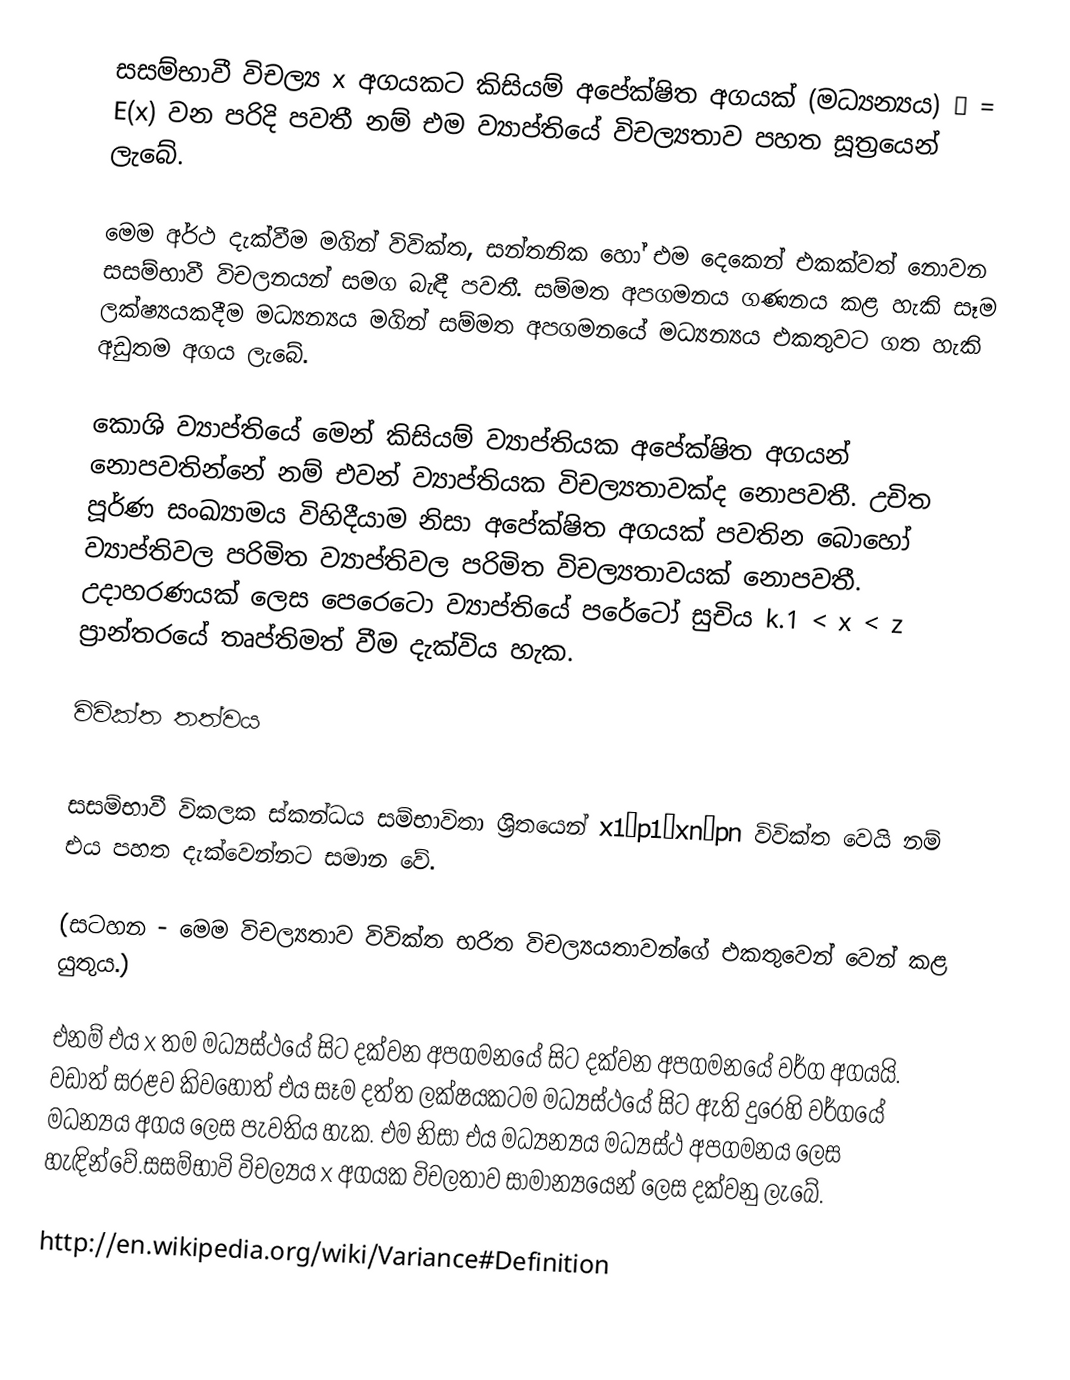
සසම්භාවී විචල්‍ය x අගයකට කිසියම් අපේක්ෂිත අගයක් (මධ්‍යන්‍යය) μ  = E(x) වන පරිදි පවතී නම් එම ව්‍යාප්තියේ විචල්‍යතාව පහත සූත්‍රයෙන් ලැ‍‍බේ.

මෙම අර්ථ දැක්වීම මගින් විවික්ත, සන්තනික හෝ එම දෙකෙන් එකක්වත් නොවන සසම්භාවී විචලනයන් සමග බැඳී පවතී. සම්මත අපගමනය ගණනය කළ හැකි සෑම ලක්ෂ්‍යයකදීම මධ්‍යන්‍යය මගින් සම්මත අපගමනයේ මධ්‍යන්‍යය එකතුවට ගත හැකි අඩුතම අගය ලැබේ.

කොශි  ව්‍යාප්තියේ මෙන් කිසියම් ව්‍යාප්තියක අපේක්ෂිත අගයන් නොපවතින්නේ නම් එවන් ව්‍යාප්තියක විචල්‍යතාවක්ද නොපවතී. උචිත පූර්ණ සංඛ්‍යාමය විහිදීයාම නිසා අපේක්ෂිත අගයක් පවතින බොහෝ ව්‍යාප්තිවල පරිමිත ව්‍යාප්තිවල පරිමිත විචල්‍යතාවයක් ‍නොපවතී. උදාහරණයක් ලෙස පෙරෙටො  ව්‍යාප්තියේ පරේටෝ සුචිය k.1 < x < z ප්‍රාන්ත‍රයේ තෘප්තිමත් වීම දැක්විය හැක.

විවික්ත තත්වය

සසම්භාවී විකලක ස්කන්ධය සම්භාවිතා ශ්‍රිතයෙන් x1↦p1…xn↦pn  විවික්ත වෙයි නම් එය පහත දැක්වෙන්නට සමාන වේ.

(සටහන - මෙම විචල්‍යතාව විවික්ත භරිත විචල්‍යයතාවන්ගේ එකතුවෙන් වෙන් කළ යුතුය.)

එනම් එය x  තම මධ්‍යස්ථයේ සිට දක්වන අපගමනයේ සිට දක්වන අපගමනයේ වර්ග අගයයි. වඩාත් සරළව කිවහොත් එය සෑම දත්ත ලක්ෂයකටම මධ්‍යස්ථයේ සිට ඇති දුරෙහි වර්ගයේ මධන්‍යය අගය ලෙස පැවතිය හැක. එම නිසා එය මධ්‍යන්‍යය මධ්‍යස්ථ අපගමනය  ලෙස හැඳින්වේ.සසම්භාවි විචල්‍යය x අගයක විචලතාව සාමාන්‍යයෙන් ලෙස දක්වන‍ු ලැබේ.

http://en.wikipedia.org/wiki/Variance#Definition